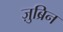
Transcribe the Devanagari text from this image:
ज़ुब्रिन